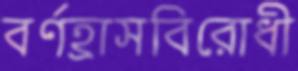
বর্ণহ্রাসবিরোধী